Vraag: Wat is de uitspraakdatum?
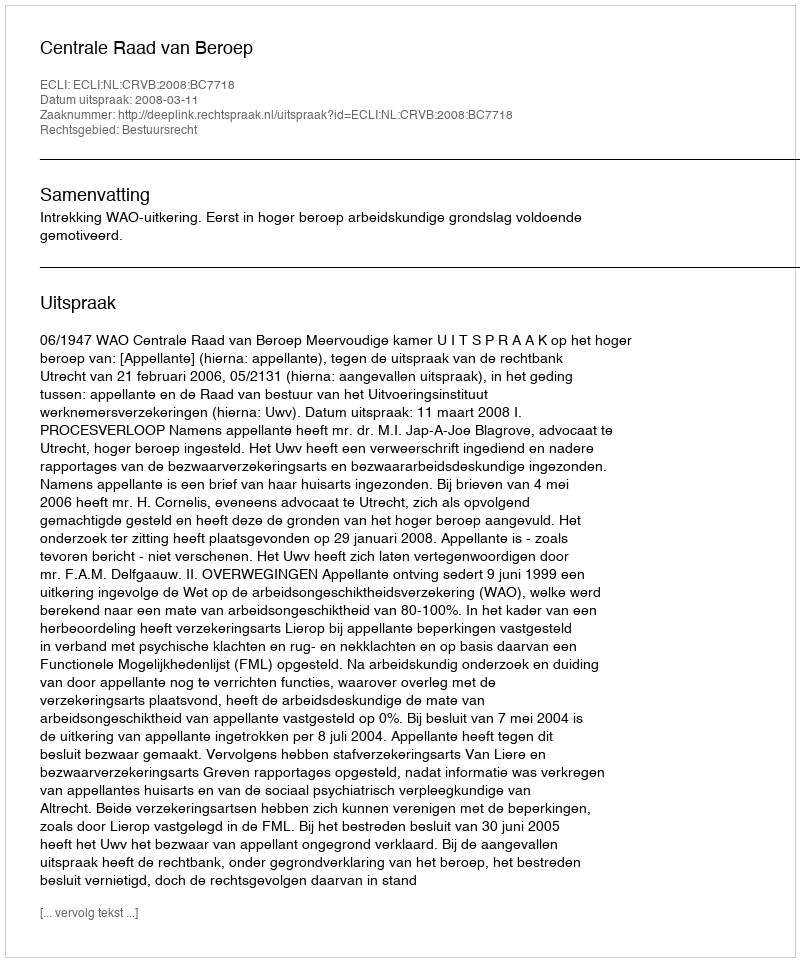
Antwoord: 2008-03-11